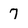
Character: 7